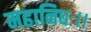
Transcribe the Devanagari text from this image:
महानिधः।।